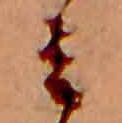
ミ